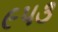
૯૫૩